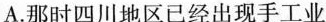
A.那时四川地区已经出现手工业